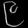
Digit: ၉